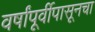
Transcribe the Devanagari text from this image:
वर्षांपूर्वीपासूनचा